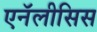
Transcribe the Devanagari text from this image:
एनॅलीसिस